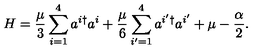
H = \frac { \mu } 3 \sum _ { i = 1 } ^ { 4 } a ^ { i \dagger } a ^ { i } + \frac { \mu } 6 \sum _ { i ^ { \prime } = 1 } ^ { 4 } a ^ { i ^ { \prime } \dagger } a ^ { i ^ { \prime } } + \mu - \frac { \alpha } { 2 } .